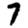
Digit: 7